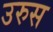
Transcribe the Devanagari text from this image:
उरुस